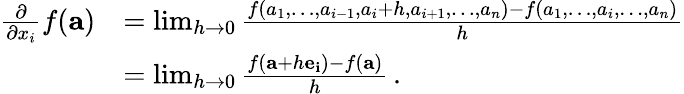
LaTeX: {\begin{array}{rl}{{\frac{\partial}{\partial x_{i}}}f(\mathbf{a})}&{=\operatorname*{lim}_{h\to 0}{\frac{f(a_{1},\ldots,a_{i-1},a_{i}+h,a_{i+1},\ldots,a_{n})-f(a_{1},\ldots,a_{i},\dots,a_{n})}{h}}}\\ &{=\operatorname*{lim}_{h\to 0}{\frac{f(\mathbf{a}+h\mathbf{e_{i}})-f(\mathbf{a})}{h}}\, .}\end{array}}